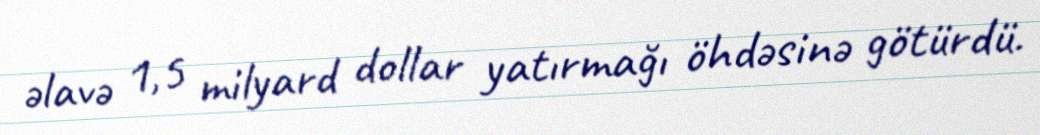
əlavə 1,5 milyard dollar yatırmağı öhdəsinə götürdü.